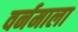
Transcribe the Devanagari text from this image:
वर्नमाला